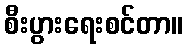
စီးပွားရေးစင်တာ။